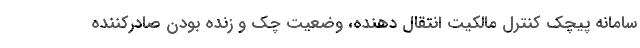
سامانه پیچک کنترل مالکیت انتقال دهنده، وضعیت چک و زنده بودن صادرکننده